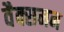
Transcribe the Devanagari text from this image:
वैक्समन